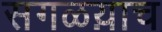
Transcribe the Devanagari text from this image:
सगळय़ाच